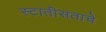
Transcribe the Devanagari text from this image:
स्टातीसताचे